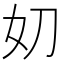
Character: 𭑪